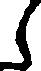
し